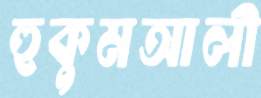
হুকুমআলী